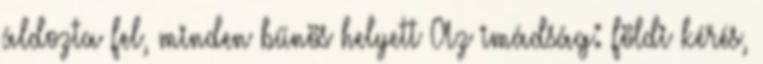
áldozta fel, minden bűnös helyett Az imádság: földi kérés,